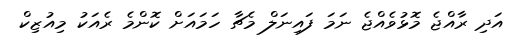
އަދި ރާއްޖެ މޮޅުވެއްޖެ ނަމަ ފައިނަލް މެޗާ ހަމައަށް ކޮންމެ ރެއަކު މިއުޒިކް